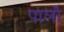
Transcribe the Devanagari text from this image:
पार्लो